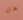
هل